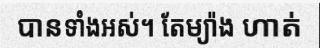
បានទាំងអស់។ តែម្យ៉ាង ហាត់